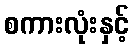
စကားလုံးနှင့်